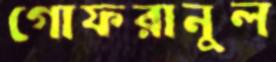
গোফরানুল